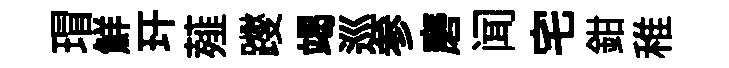
瑁鮮玕薤躞竭巡参磨闻宅鉗稚